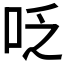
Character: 𠰏